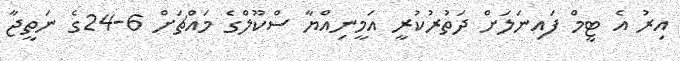
އިރު އެ ޓީމް ފައިނަލަށް ދަތުރުކުރީ އަމީނިއްޔާ ސްކޫލްގެ މައްޗަށް 6-24ގެ ނަތީޖާ